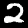
Label: 2